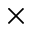
\times